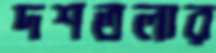
দশতলার